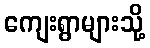
ကျေးရွာများသို့